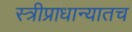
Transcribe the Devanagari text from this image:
स्त्रीप्राधान्यातच